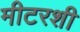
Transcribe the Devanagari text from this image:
मीटरशी